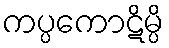
ကပ္ပကောဋိမ္ပိ